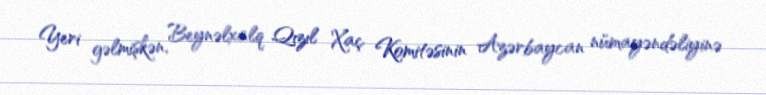
Yeri gəlmişkən, Beynəlxalq Qızıl Xaç Komitəsinin Azərbaycan nümayəndəliyinə